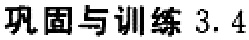
巩固与训练 3.4